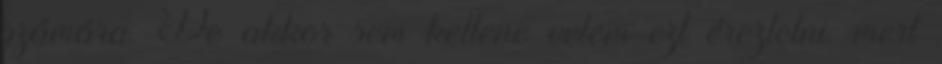
számára. De akkor sem kellene velem ezt éreztetni. mert